Civil Veterinary Department Bengal reports 1933-51 - 1933-1951
Year: 1933
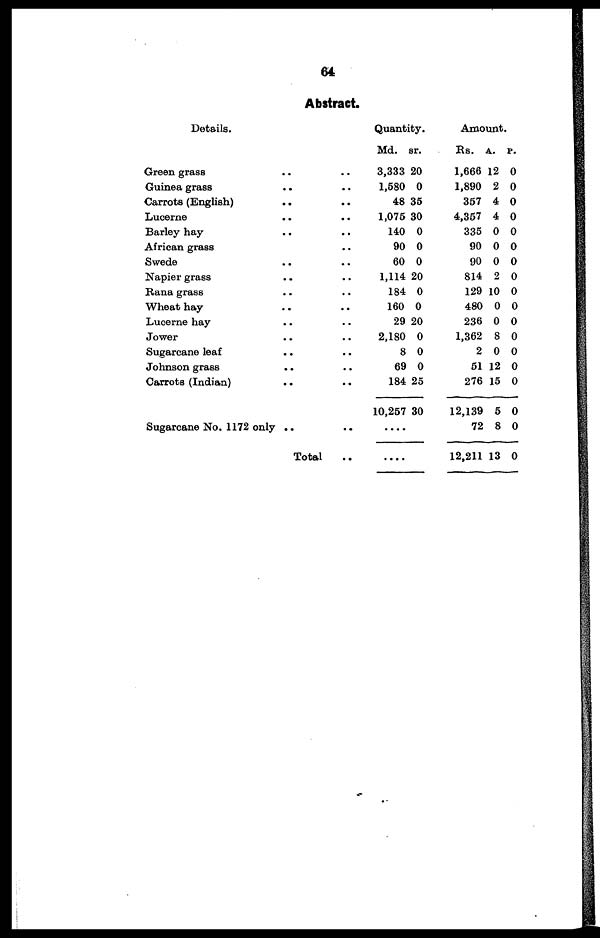
64
Abstract.
Details.
Green grass
Guinea grass
Carrots (English)
Lucerne
Barley hay
African grass
Swede
Napier grass
Rana grass
Wheat hay
Lucerne hay
Jower
Sugarcane leaf
Johnson grass
Carrots (Indian)
..
..
..
..
..
..
..
..
..
..
..
..
..
..
Sugarcane No. 1172 only ..
Total
..
..
..
..
..
..
..
..
..
..
..
..
..
..
..
..
..
Quantity.
Md.
3,333
1,580
48
1,075
140
90
60
1,114
184
160
29
2,180
8
69
184
10,257
....
....
sr.
20
0
35
30
0
0
0
20
0
0
20
0
0
0
25
30
Amount.
Rs.
1,666
1,890
357
4,357
335
90
90
814
129
480
236
1,362
2
51
276
12,139
72
12,211
A.
12
2
4
4
0
0
0
2
10
0
0
8
0
12
15
5
8
13
P.
0
0
0
0
0
0
0
0
0
0
0
0
0
0
0
0
0
0